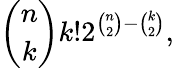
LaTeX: {\binom{n}{k}}k!2^{{\binom{n}{2}}-{\binom{k}{2}}},